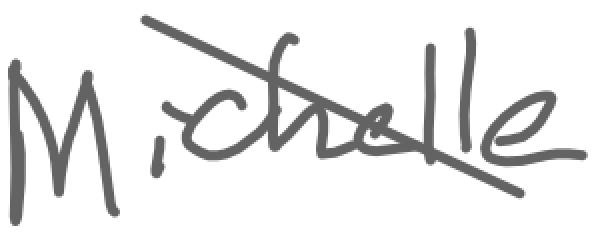
Text: Michelle
Cross-out: diagonal
Writing tool: digital_gray